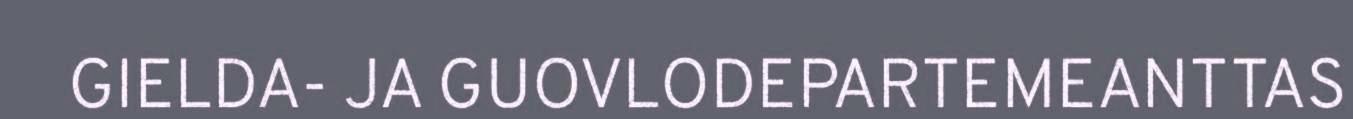
GIELDA- JA GUOVLODEPARTEMEANTTAS